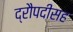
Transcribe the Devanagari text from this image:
द्रौपदीसह